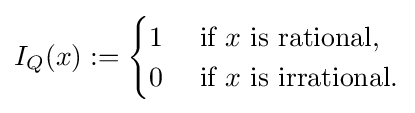
I_{Q}(x):={\begin{cases}1&{\text{ if }}x{\text{ is rational}},\\0&{\text{ if }}x{\text{ is irrational}}.\end{cases}}